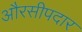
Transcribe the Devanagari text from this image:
औरसीपदार